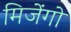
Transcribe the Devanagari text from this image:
मिजेंगो